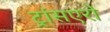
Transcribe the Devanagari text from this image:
ट्रांसएरो